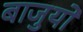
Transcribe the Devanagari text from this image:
बाजुयों